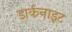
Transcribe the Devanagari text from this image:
डार्कनाइट